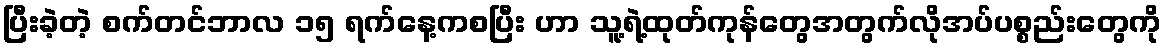
ပြီးခဲ့တဲ့ စက်တင်ဘာလ ၁၅ ရက်နေ့ကစပြီး ဟာ သူ့ရဲ့ထုတ်ကုန်တွေအတွက်လိုအပ်ပစ္စည်းတွေကို